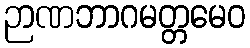
ဉာဏဘာဂမတ္တမေဝ